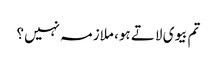
تم بیوی لاتے ہو، ملازمہ نہیں؟